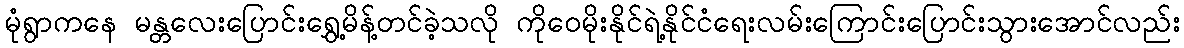
မုံရွာကနေ မန္တလေးပြောင်းရွှေ့မိန့်တင်ခဲ့သလို ကိုဝေမိုးနိုင်ရဲ့နိုင်ငံရေးလမ်းကြောင်းပြောင်းသွားအောင်လည်း